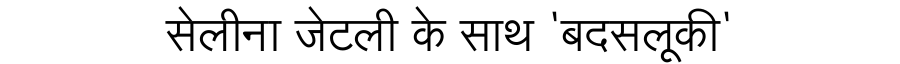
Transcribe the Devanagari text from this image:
सेलीना जेटली के साथ 'बदसलूकी'